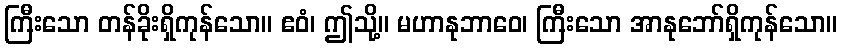
ကြီးသော တန်ခိုးရှိကုန်သော။ ဧဝံ၊ ဤသို့။ မဟာနုဘာဝေ၊ ကြီးသော အာနုဘော်ရှိကုန်သော။